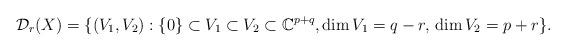
LaTeX: \begin{align*}\mathcal D_r(X)=\{ (V_1, V_2) : \{0\} \subset V_1 \subset V_2\subset \mathbb C^{p+q}, \dim V_1 = q-r, \, \dim V_2 = p+r \}.\end{align*}